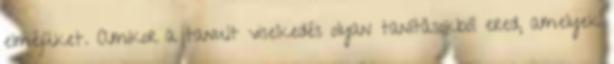
elméjüket. Amikor a tanult viselkedés olyan tanításokból ered, amelyek